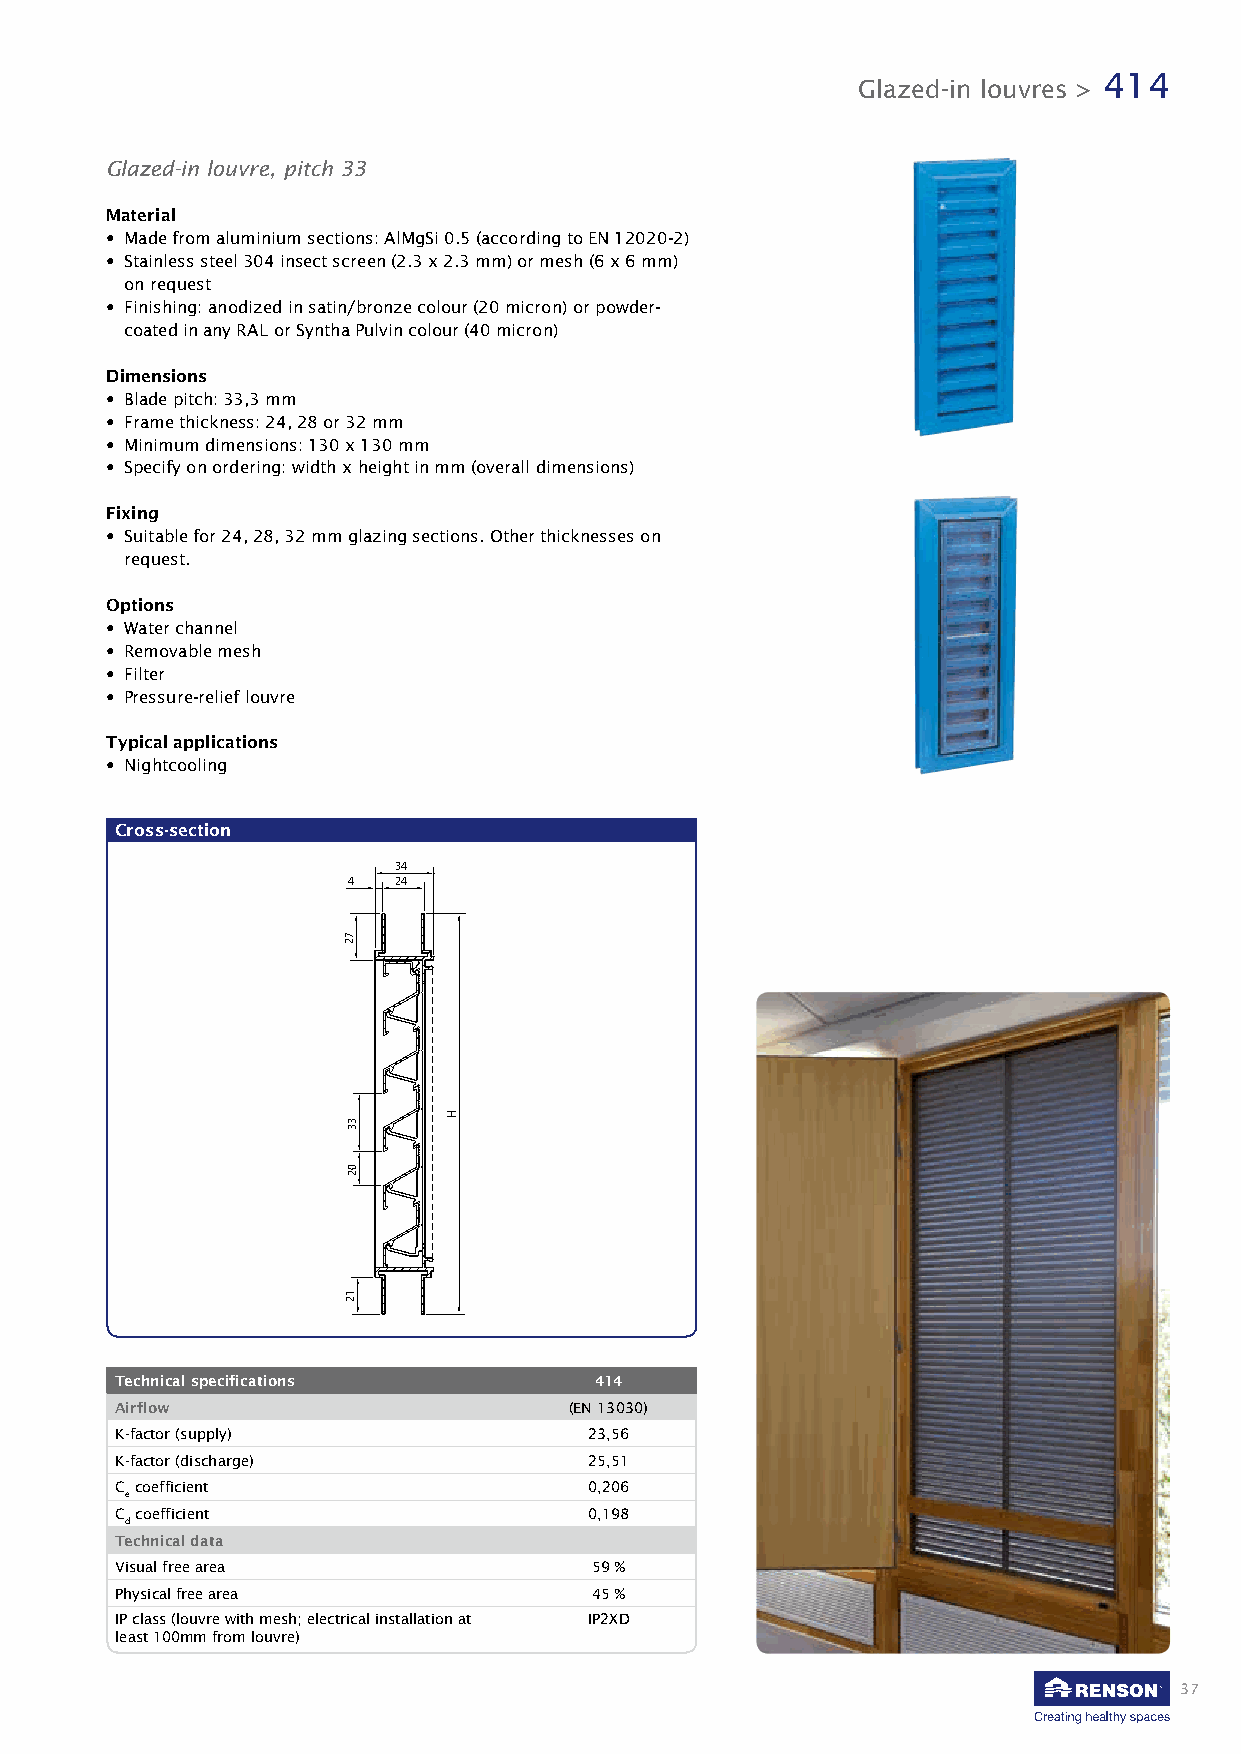
414
 Glazed-in louvres >
 Glazed-in louvre, pitch 33
 Material
 • Made from aluminium sections: AlMgSi 0.5 (according to EN 12020-2)
 • Stainless steel 304 insect screen (2.3 x 2.3 mm) or mesh (6 x 6 mm)
 on request
 • Finishing: anodized in satin/bronze colour (20 micron) or powder-
 coated in any RAL or Syntha Pulvin colour (40 micron)
 Dimensions
 • Blade pitch: 33,3 mm
 • Frame thickness: 24, 28 or 32 mm
 • Minimum dimensions: 130 x 130 mm
 • Specify on ordering: width x height in mm (overall dimensions)
 Fixing
 • Suitable for 24, 28, 32 mm glazing sections. Other thicknesses on
 request.
 Options
 • Water channel
 • Removable mesh
 • Filter
 • Pressure-relief louvre
 Typical applications
 • Nightcooling
 Cross-section
 34
 4  24
 Technical specifications       414
 Airflow                       (EN 13030)
 K-factor (supply)              23,56
 K-factor (discharge)           25,51
 C coefficient                  0,206
 e
 C coefficient                  0,198
 d
 Technical data
 Visual free area               59 %
 Physical free area             45 %
 IP class (louvre with mesh; electrical installation at IP2XD
 least 100mm from louvre)
 37
 72
 33
 02
 12
 H